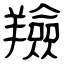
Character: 羷